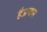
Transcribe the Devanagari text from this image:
हैप्रचार